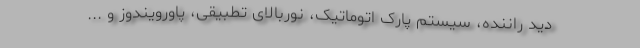
دید راننده، سیستم پارک اتوماتیک، نوربالای تطبیقی، پاورویندوز و ...